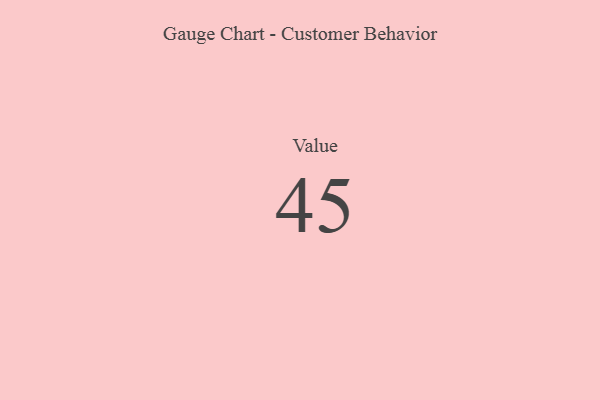
{"axis": {"x": "Metric", "y": "Value"}, "legend": [""], "data": [{"x": "Value", "y": 45, "type": ""}]}